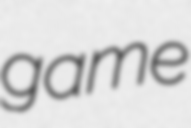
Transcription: game